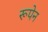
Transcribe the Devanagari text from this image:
रूपेन